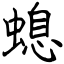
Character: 螅